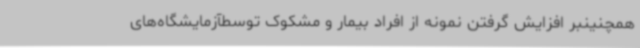
همچنینبر افزایش گرفتن نمونه از افراد بیمار و مشکوک توسطآزمایشگاه‌های